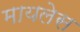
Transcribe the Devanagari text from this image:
मायलेस